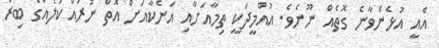
އެއީ އުޅެންވާނެ ގޮތެއް ނޫނެވެ. އުއްމީދަކީ ތިމާއަށާއި އަނެކާއަށް އޮތް ނުރައްކަލެއްގެ ބިރު